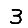
Digit: 3